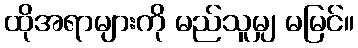
ထိုအရာများကို မည်သူမျှ မမြင်။